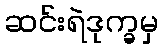
ဆင်းရဲဒုက္ခမှ